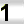
Digit: 1